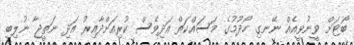
ބޯޓަށް ވީނުވީއެއް ނޭނގި ހޯދުމުގެ މަސައްކަތް އަދިވެސް ކުރިއަށްދާއިރު އަދި ނަތީޖާ ނުލިބި